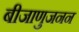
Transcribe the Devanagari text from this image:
बीजाणुजनन